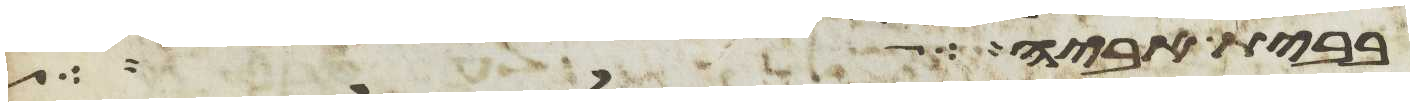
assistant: בית אביה